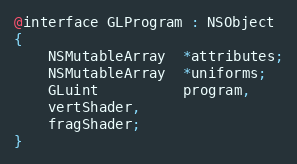
Language: C
@interface GLProgram : NSObject
{
    NSMutableArray  *attributes;
    NSMutableArray  *uniforms;
    GLuint          program,
	vertShader,
	fragShader;
}